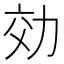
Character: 効